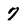
Character: 7